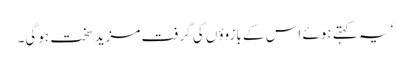
‘ یہ کہتے ہوئے اس کے بازوؤں کی گرفت مزید سخت ہوگی۔